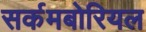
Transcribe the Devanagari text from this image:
सर्कमबोरियल